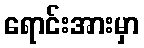
ရောင်းအားမှာ